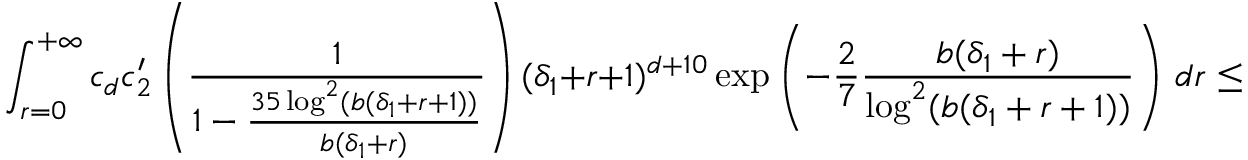
\int _ { r = 0 } ^ { + \infty } c _ { d } c _ { 2 } ^ { \prime } \left( \frac { 1 } { 1 - \frac { 3 5 \log ^ { 2 } ( b ( \delta _ { 1 } + r + 1 ) ) } { b ( \delta _ { 1 } + r ) } } \right) ( \delta _ { 1 } + r + 1 ) ^ { d + 1 0 } \exp \left( - \frac { 2 } { 7 } \frac { b ( \delta _ { 1 } + r ) } { \log ^ { 2 } ( b ( \delta _ { 1 } + r + 1 ) ) } \right) \, d r \leq c ^ { \prime } \epsilon ,